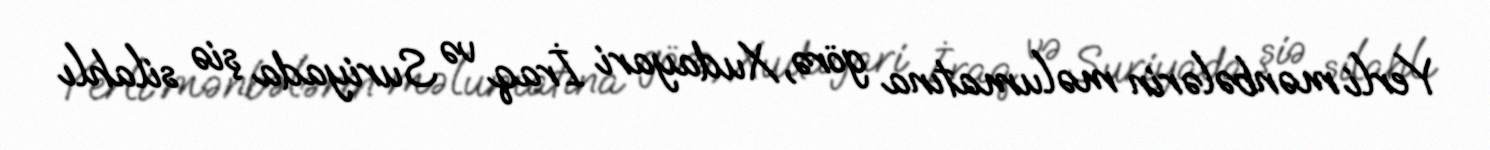
Yerli mənbələrin məlumatına görə, Xudayari İraq və Suriyada şiə silahlı